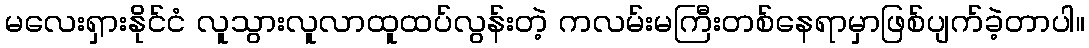
မလေးရှားနိုင်ငံ လူသွားလူလာထူထပ်လွန်းတဲ့ ကလမ်းမကြီးတစ်နေရာမှာဖြစ်ပျက်ခဲ့တာပါ။